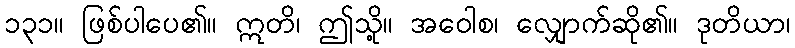
၁၃၁။ ဖြစ်ပါပေ၏။ ဣတိ၊ ဤသို့။ အဝေါစ၊ လျှောက်ဆို၏။ ဒုတိယာ၊